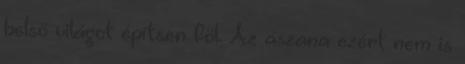
belső világot építsen föl. Az ászana ezért nem is